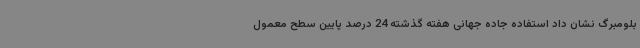
بلومبرگ نشان داد استفاده جاده جهانی هفته گذشته 24 درصد پایین سطح معمول